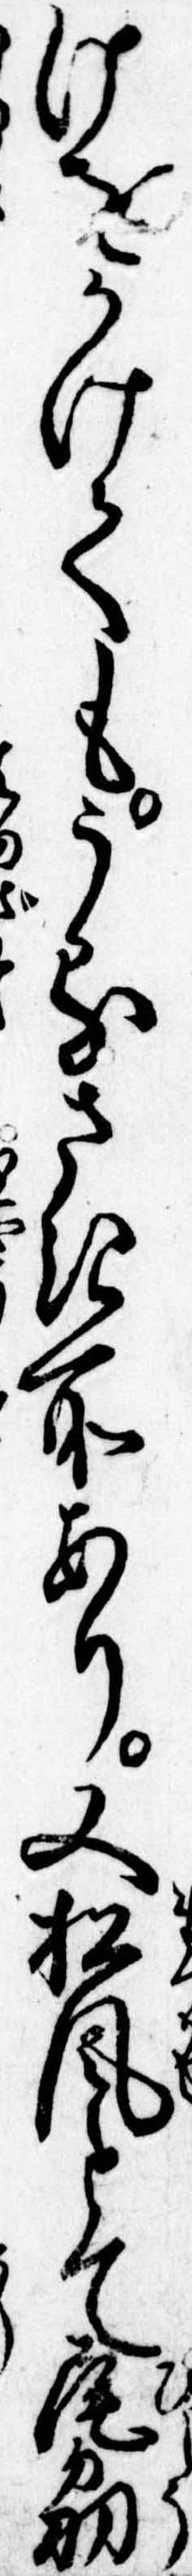
けをかけてもうるさき所あり又松風とて尾刕